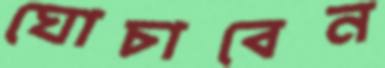
ঘোচাবেন